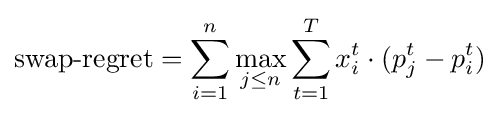
{\mbox{swap-regret}}=\sum _{i=1}^{n}\max _{j\leq n}\sum _{t=1}^{T}x_{i}^{t}\cdot (p_{j}^{t}-p_{i}^{t})